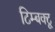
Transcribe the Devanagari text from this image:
टिम्बक्टू